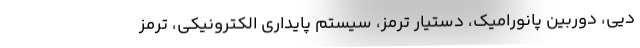
دیی، دوربین پانورامیک، دستیار ترمز، سیستم پایداری الکترونیکی، ترمز